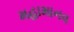
મહામાનવ